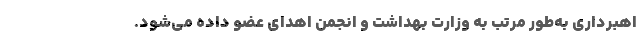
اهبرداری به‌طور مرتب به وزارت بهداشت و انجمن اهدای عضو داده می‌شود.